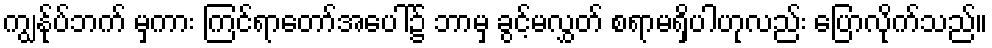
ကျွန်ုပ်ဘက် မှကား ကြင်ရာတော်အပေါ်၌ ဘာမှ ခွင့်မလွှတ် စရာမရှိပါဟုလည်း ပြောလိုက်သည်။